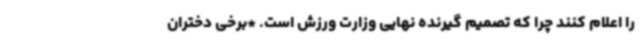
را اعلام کنند چرا که تصمیم گیرنده نهایی وزارت ورزش است. *برخی دختران